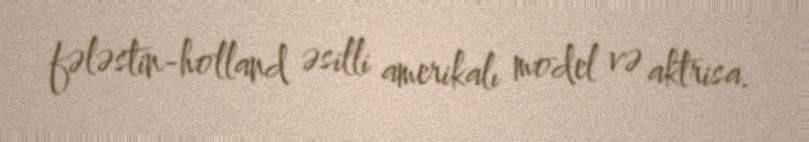
fələstin-holland əsilli amerikalı model və aktrisa.